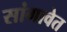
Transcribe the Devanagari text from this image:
सांगावेत